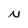
Character: N